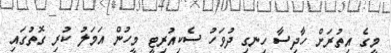
މީގެ އިތުރަށް ހާދިސާ ހިނގި ދުވަހު ސެކިއުރިޓީ މީހުން އަމަލު ކުރި ގޮތުގައި